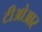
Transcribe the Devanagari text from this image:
टीओआर